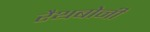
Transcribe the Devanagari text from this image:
रैथबोनी